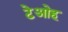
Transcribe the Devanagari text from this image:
टेओह